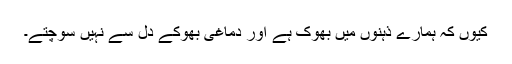
کیوں کہ ہمارے ذہنوں میں بھوک ہے اور دماغی بھوکے دل سے نہیں سوچتے۔